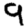
Digit: 9